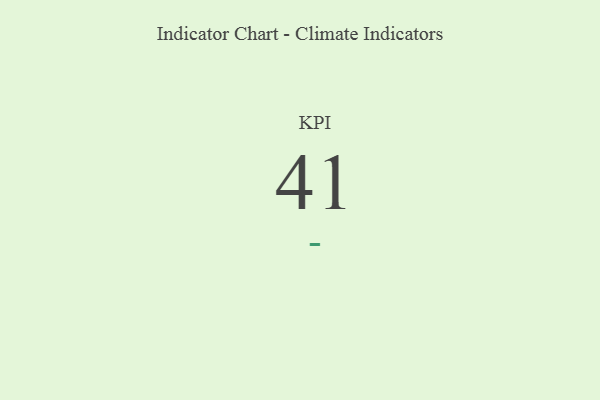
{"axis": {"x": "KPI", "y": "Value"}, "legend": [""], "data": [{"x": "KPI", "y": 41, "type": ""}]}